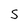
Character: 5